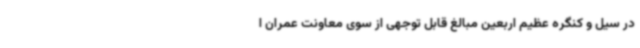
در سیل و کنگره عظیم اربعین مبالغ قابل توجهی از سوی معاونت عمران ا